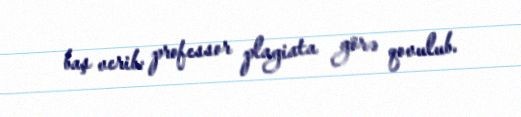
baş verib: professor plagiata görə qovulub.